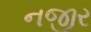
નજીર